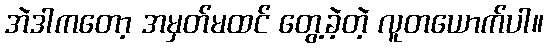
အဲဒါကတော့ အမှတ်မထင် တွေ့ခဲ့တဲ့ လူတယောက်ပါ။